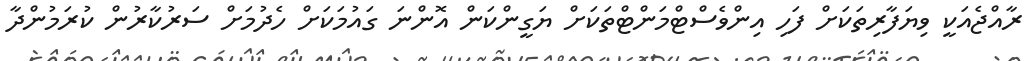
ރާއްޖެއަކީ ވިޔަފާރިތަކަށް ފަހި އިންވެސްޓްމަންޓްތަކަށް ޔަގީންކަން އޮންނަ ގައުމަކަށް ހެދުމަށް ސަރުކާރުން ކުރަމުންދާ